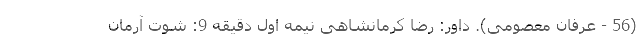
(56 - عرفان معصومی). داور: رضا کرمانشاهی نیمه اول دقیقه 9: شوت آرمان